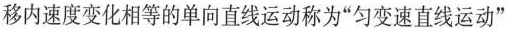
移内速度变化相等的单向直线运动称为”匀变速直线运动”